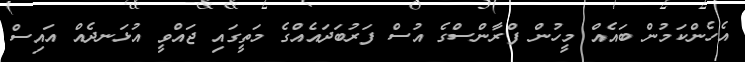
އެހެންކަމުން ބައެއް މީހުން ފްރާންސްގެ އުސް ފަރުބަދައެއްގެ މަތީގައި ޖައްވީ އުޅަނދެއް އައިސް